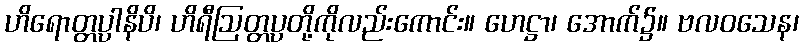
ဟိရောတ္တပ္ပာနိပိ၊ ဟိရီဩတ္တပ္ပတို့ကိုလည်းကောင်း။ ဟေဋ္ဌာ၊ အောက်၌။ ဗလဝသေန၊